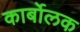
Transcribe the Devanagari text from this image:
कार्बोलक